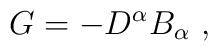
G=-D^\alpha B_\alpha \mbox{ },